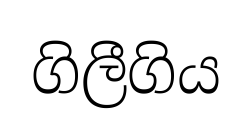
ගිලීගිය